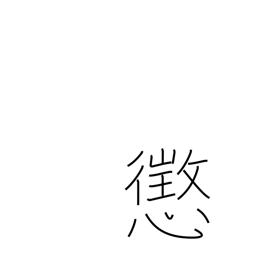
Meaning: discipline